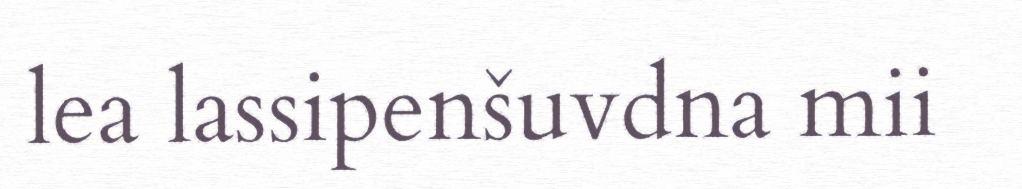
lea lassipenšuvdna mii